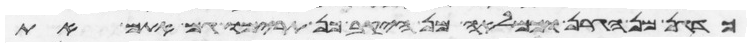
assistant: כדגן מן הגרן וכמלאה מן היקב כן תרימו גם אתם את